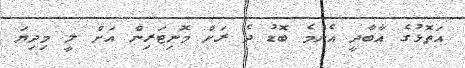
އަތޮޅުގެ އާބާދީ އެންމެ ބޮޑު ދެ ރަށް މޮނިޓަރިން އަށް ލީ މިދިޔަ